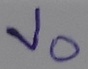
Text: Vo